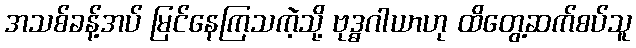
အသစ်ခန့်အပ် မြင်နေကြသကဲ့သို့ ဗုဒ္ဓဂါယာဟု ထိတွေ့ဆက်စပ်သူ